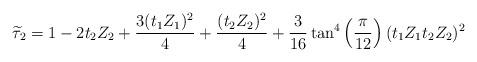
LaTeX: \begin{align*}\widetilde{\tau }_{2}=1-2t_{2}Z_{2}+\frac{3(t_{1}Z_{1})^{2}}{4}+\frac{(t_{2}Z_{2})^{2}}{4}+\frac{3}{16}\tan ^{4}\left( \frac{\pi }{12}\right)(t_{1}Z_{1}t_{2}Z_{2})^{2}\end{align*}